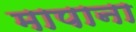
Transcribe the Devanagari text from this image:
मापाना